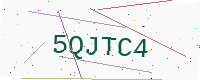
Text: 5QJTC4